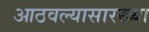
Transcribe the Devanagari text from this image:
आठवल्यासारख्या